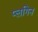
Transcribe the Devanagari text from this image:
प्लगिन